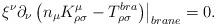
LaTeX: \begin{align*}\left. \xi ^{\nu } \partial_{\nu }\left(n_{\mu} K^{\mu }_{\rho \sigma }-T^{bra}_{\rho \sigma}\right)\right|_{brane} =0.\end{align*}